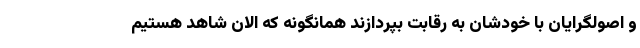
و اصولگرایان با خودشان به رقابت بپردازند همانگونه که الان شاهد هستیم